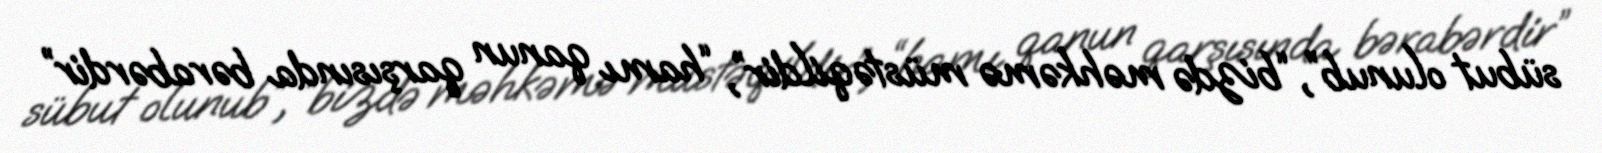
sübut olunub”, “bizdə məhkəmə müstəqildir”, “hamı qanun qarşısında bərabərdir”